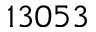
1 3 0 5 3